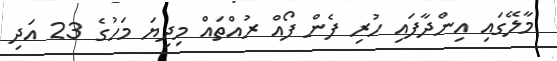
މާލޭގައި އިންދާފައި ހުރި ފެން ފޯއް ރުއްތައް މިދިޔަ މަހުގެ 23 އަދި